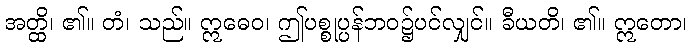
အတ္ထိ၊ ၏။ တံ၊ သည်။ ဣဓေဝ၊ ဤပစ္စုပ္ပန်ဘဝ၌ပင်လျှင်။ ခီယတိ၊ ၏။ ဣတော၊